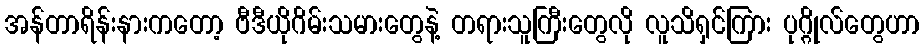
အန်တာရိန်းနားကတော့ ဗီဒီယိုဂိမ်းသမားတွေနဲ့ တရားသူကြီးတွေလို လူသိရှင်ကြား ပုဂ္ဂိုလ်တွေဟာ